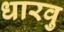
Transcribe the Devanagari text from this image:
धारवु